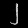
Digit: ၂